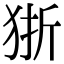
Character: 狾